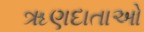
ૠણદાતાઓ